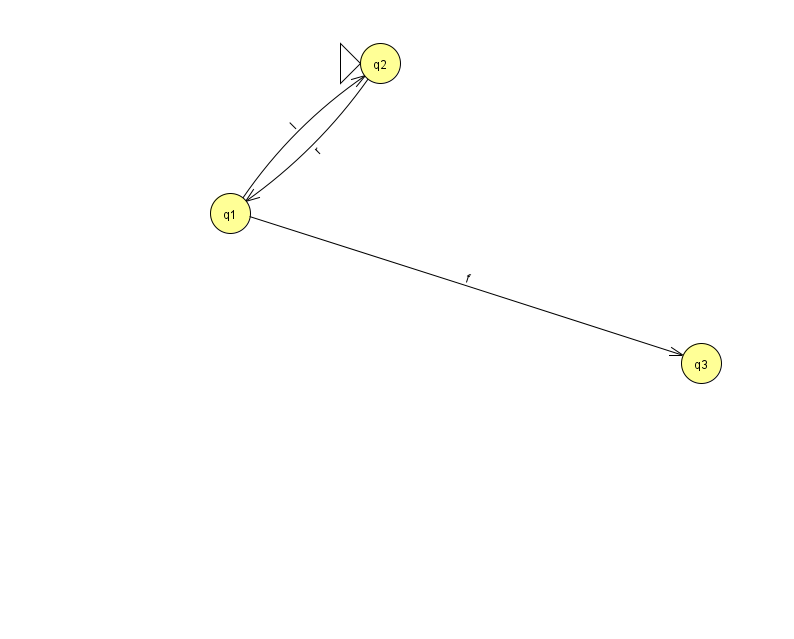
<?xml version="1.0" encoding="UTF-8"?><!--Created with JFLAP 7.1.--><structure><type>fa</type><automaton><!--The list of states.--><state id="1" name="q1"><x>230.0</x><y>200.0</y></state><state id="2" name="q2"><x>380.0</x><y>50.0</y><initial/></state><state id="3" name="q3"><x>701.0</x><y>350.0</y></state><!--The list of transitions.--><transition><from>1</from><to>3</to><read>f</read></transition><transition><from>2</from><to>1</to><read>r</read></transition><transition><from>1</from><to>2</to><read>l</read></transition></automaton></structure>